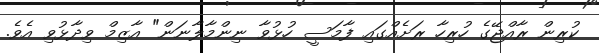
ކުރިން ރާއްޖޭގެ ހުރިހާ ރަށެއްގައި ފާމަސީ ހުޅުވާ ނިންމާލާނަން" އާޒިމް ވިދާޅުވި އެވެ.